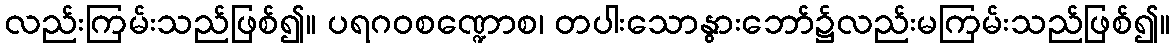
လည်းကြမ်းသည်ဖြစ်၍။ ပရဂဝစဏ္ဍောစ၊ တပါးသောနွားဘော်၌လည်းမကြမ်းသည်ဖြစ်၍။